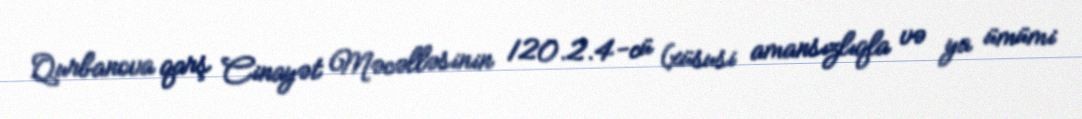
Qurbanova qarş Cinayət Məcəlləsinin 120.2.4-cü (xüsusi amansızlıqla və ya ümümi